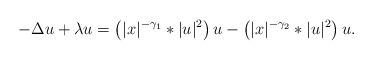
LaTeX: \begin{align*} -\Delta u+ \lambda u=\left(|x|^{-\gamma_1} \ast |u|^2\right) u - \left(|x|^{-\gamma_2} \ast |u|^2\right) u.\end{align*}